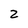
Character: Z